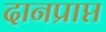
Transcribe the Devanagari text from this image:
दानप्राप्त